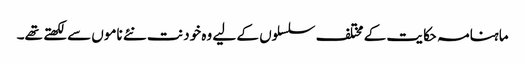
ماہنامہ حکایت کے مختلف سلسلوں کے لیے وہ خود نت نئے ناموں سے لکھتے تھے۔